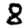
Digit: 8